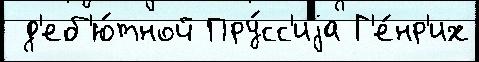
 д'еб'ю́тной Пру́сс'иjа Г'е́нр'их